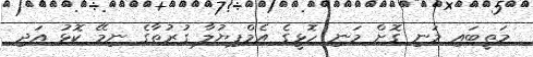
މަތީބަައި މަނި ގޮށް މަނި ހޮޅީގެ އެމްޕިޔުލާ ގުރުތާގެ ނިމޭ ކޮޅު އަދި